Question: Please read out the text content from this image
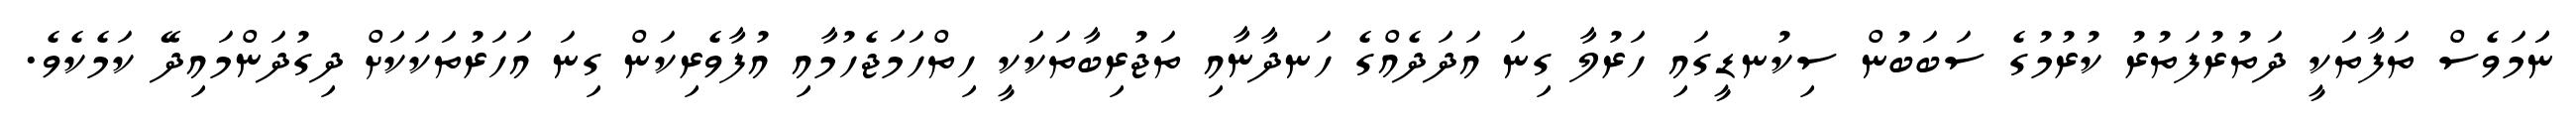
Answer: ނަަމަވެސް ތަފާތަކީ ދަތުރުފަތުރު ކުރުމުގެ ސަބަބުން ސިކުނޑީގައި ހަރުލާ ގިނަ އަދަދެއްގެ ހަނދާނާއި ތަޖުރިބާތަކަކީ ހިތްހަމަޖެހުމާއި އުފާވެރިކަން ގިނަ އަހަރުތަކަކަށް ދިގުދަންމައިދޭ ކަމެކެވެ.